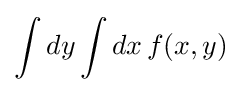
\int dy\int dx\,f(x,y)